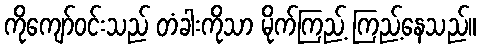
ကိုကျော်ဝင်းသည် တံခါးကိုသာ မိုက်ကြည့် ကြည့်နေသည်။